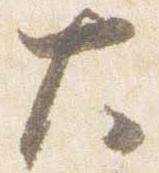
大